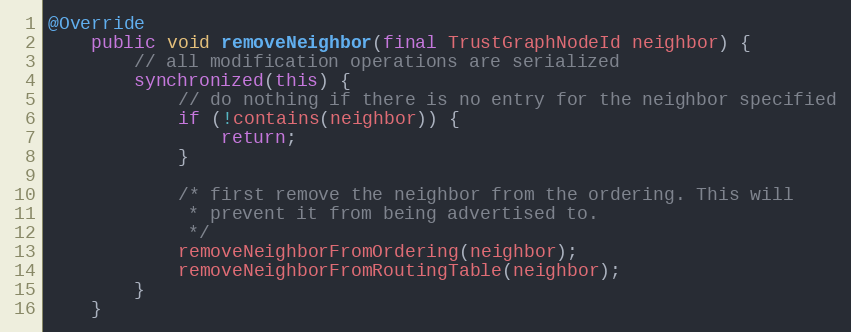
Language: Java
@Override
    public void removeNeighbor(final TrustGraphNodeId neighbor) {
        // all modification operations are serialized
        synchronized(this) {
            // do nothing if there is no entry for the neighbor specified
            if (!contains(neighbor)) {
                return;
            }

            /* first remove the neighbor from the ordering. This will
             * prevent it from being advertised to.
             */
            removeNeighborFromOrdering(neighbor);
            removeNeighborFromRoutingTable(neighbor);
        }
    }